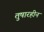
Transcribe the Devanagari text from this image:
तुषारहीन